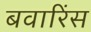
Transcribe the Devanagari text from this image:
बवारिंस